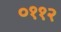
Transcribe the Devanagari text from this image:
०११२